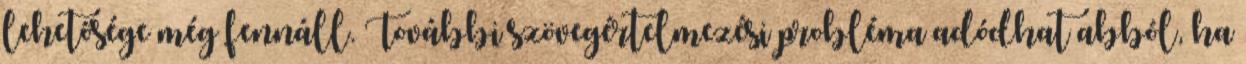
lehetősége még fennáll. További szövegértelmezési probléma adódhat abból, ha